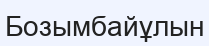
Бозымбайұлын